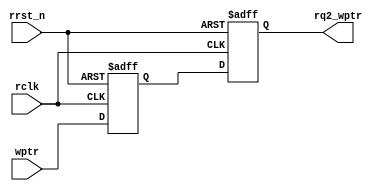
`timescale 1ns / 1ps
//////////////////////////////////////////////////////////////////////////////////
// Company: 
// Engineer: 
// 
// Design Name: 
// Module Name: sync_w2r
// Project Name: 
// Target Devices: 
// Tool Versions: 
// Description: 
// 
// Dependencies: 
// 
// Revision:
// Revision 0.01 - File Created
// Additional Comments:
// 
//////////////////////////////////////////////////////////////////////////////////


module sync_w2r(rq2_wptr,wptr,rclk, rrst_n);//Write-domain to read-domain synchronizer
parameter ADDRSIZE = 4;                     ////i.e converting write pointer to rclk domain
output reg [ADDRSIZE:0] rq2_wptr;
input [ADDRSIZE:0] wptr;
input rclk, rrst_n;
reg [ADDRSIZE:0] rq1_wptr;
always @(posedge rclk or negedge rrst_n)
 if (!rrst_n) {rq2_wptr,rq1_wptr} <= 0;
 else {rq2_wptr,rq1_wptr} <= {rq1_wptr,wptr};
endmodule